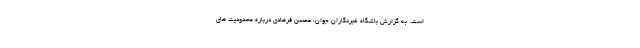
است. به گزارش باشگاه خبرنگاران جوان، محسن فرهادی درباره محدودیت های